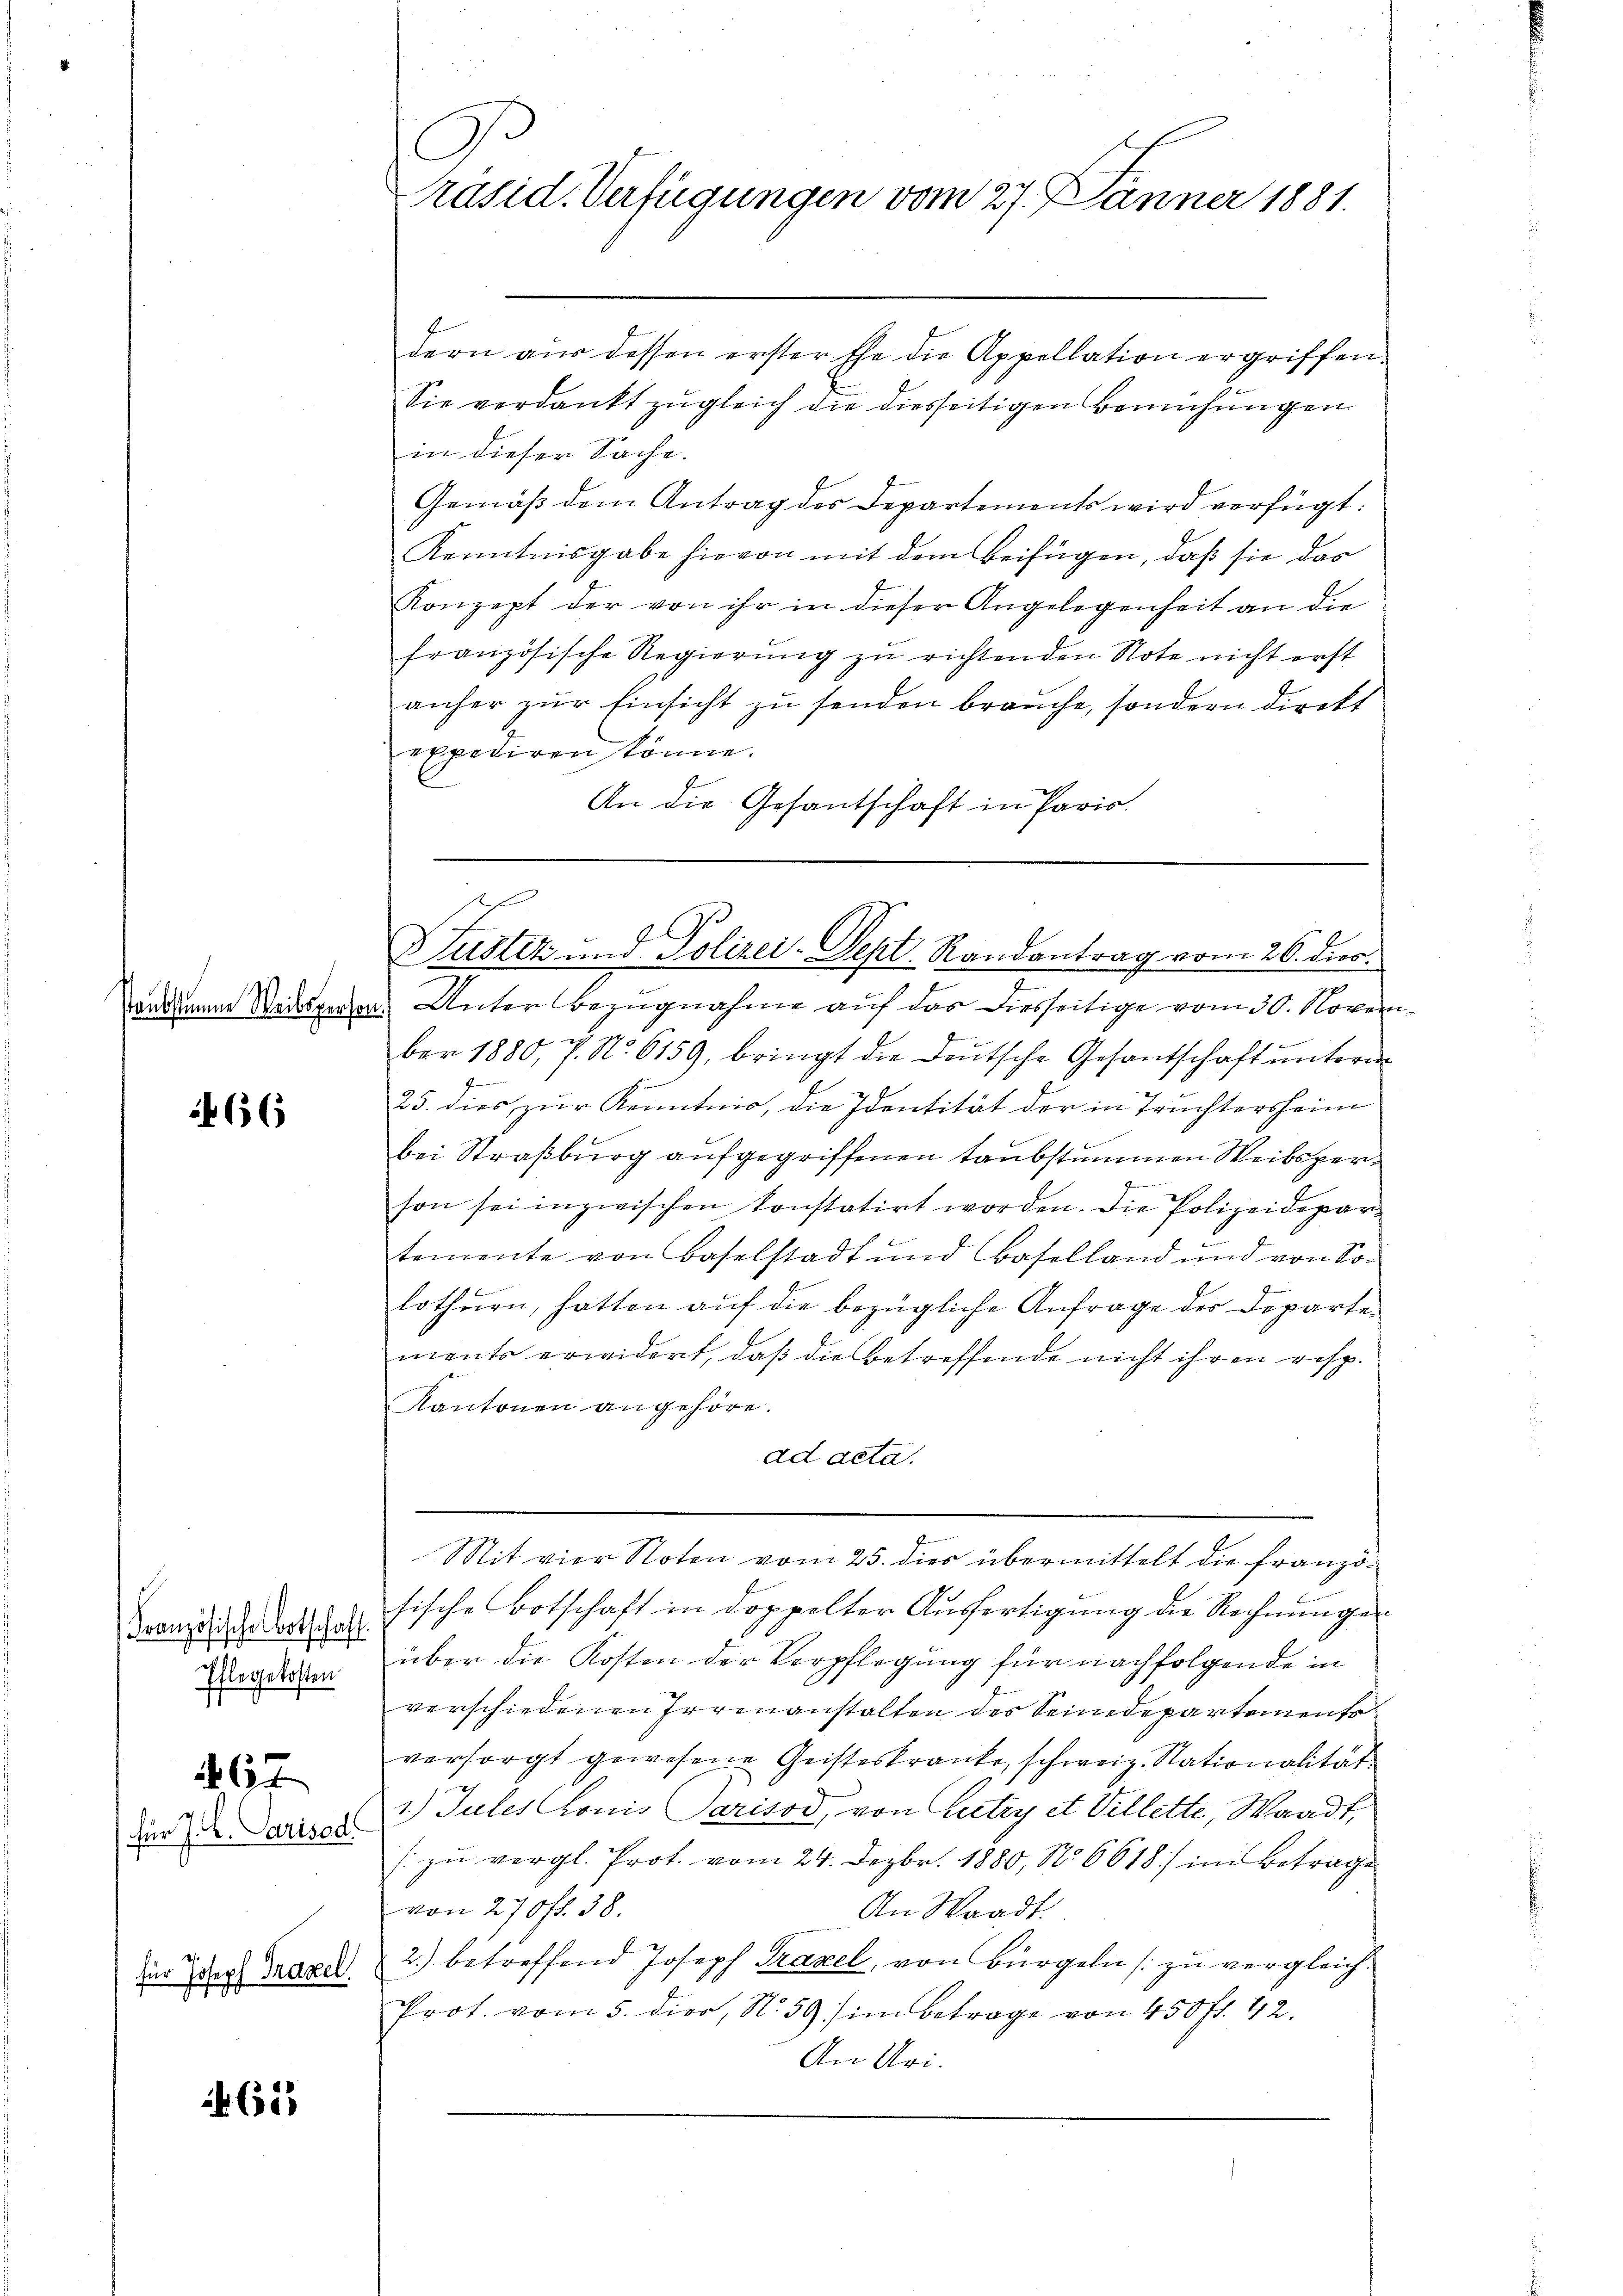
staubstimme Weibspersor

66

Französische Botschaft.
Pflegekosten

für J. C. Parised
für Joseph Traxel

267

613

C
Präsid. Verfügungen vom 27. Jänner 1881.

dern aus dessen erster Ehe die Appellation ergriffen.
Sie verdankt zugleich die diesseitigen Bemühungen
in dieser Sache.
Gemäß dem Antrag des Departements wird verfügt:
Kenntnisgabe hievon mit dem Beifügen, daß sie das
Konzept der von ihr in dieser Angelegenheit an die
französische Regierŭng zu richtenden Note nicht erst
anher zŭr Einsicht zu senden brauche, sondern direkt
expediren könne.
An die Gesantschaft in Paris.

h
Luster und Polizei-Sept. Randantrag vom 26. diec.

2
Unter Bezugnahme auf das diesseitige vom 30. Novem
ber 1880, P. N. 6159, bringt die Deutsche Gesantschaft unterm
25. dies zur Kenntnis, die Identität der in Trüchtersheim
bei Straßburg aufgegriffenen taubstummen Weibsper
son sei inzwischen konstatirt worden. Die Polizeidepartemente von Baselstadt und Baselland und von So¬
1 x
lothurn, hatten auf die bezügliche Anfrage der Departements erwidert, daß die betreffende nicht ihren resp.
Kantonen angehöre.
ad acta.
n
Mit vier Noten vom 25. dies übermittelt die französische Botschaft in doppelter Ausfertigung die Rechnungen
über die Kosten der Verpflegung für nachfolgende in
verschiedenen Irrenanstalten des Seidepartemente
versorgt gewesene Geisteskranke, schweiz. Nationalität
1.) Gutes honis Parisod, von Lutry et Villette, Waadt,
/ zu vergl. Prot. vom 24. Dezbr. 1880, No 6618) im Betrage
von 270 f. 38.
An Waadt.
2.) betreffend Joseph Traxel, von Bürgeln zu vergleich¬
Prot. vom 5. dier, No. 59) im Betrage von 450 fl. 42.
An Uri.